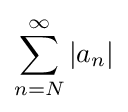
\sum _{n=N}^{\infty }|a_{n}|